Note on the mental hospitals in Burma - 1925-1940
Year: 1925
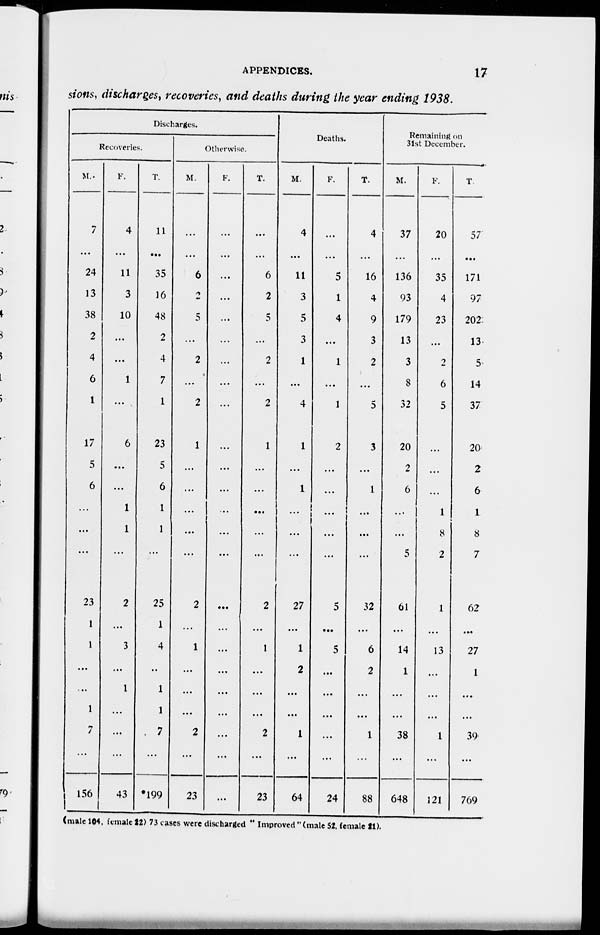
APPENDICES.
17
sions, discharges, recoveries, and deaths during the year ending 1938.
Discharges.
Recoveries.
M.
7
...
24
13
38
2
4
6
1
17
5
6
...
...
...
23
1
1
...
...
1
7
...
156
F.
4
...
11
3
10
...
...
1
...
6
...
...
1
1
...
2
...
3
...
1
...
...
...
43
T.
11
...
35
16
48
2
4
7
1
23
5
6
1
1
...
25
1
4
...
1
1
7
...
*199
Otherwise.
M.
...
...
6
2
5
...
2
...
2
1
...
...
...
...
...
2
...
1
...
...
...
2
...
23
F.
...
...
...
...
...
...
...
...
...
...
...
...
...
...
...
...
...
...
...
...
...
...
...
...
T.
...
...
6
2
5
...
2
...
2
1
...
...
...
...
...
2
...
1
...
...
...
2
...
23
Deaths.
M.
4
...
11
3
5
3
1
...
4
1
...
1
...
...
...
27
...
1
2
...
...
1
...
64
F.
...
...
5
1
4
...
1
...
1
2
...
...
...
...
...
5
...
5
...
...
...
...
...
24
T.
4
...
16
4
9
3
2
...
5
3
...
1
...
...
...
32
...
6
2
...
...
1
...
88
Remaining on
31st December.
M.
37
...
136
93
179
13
3
8
32
20
2
6
...
...
5
61
...
14
1
...
...
38
...
648
F.
20
...
35
4
23
...
2
6
5
...
...
...
1
8
2
1
...
13
...
...
...
1
...
121
T
57
...
171
97
202
13
5
14
37
20
2
6
1
8
7
62
...
27
1
...
...
39
...
769
(male 104, female 22) 73 cases were discharged " Improved "(male 52. female 21).